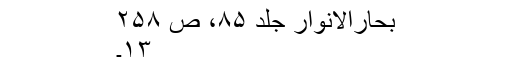
بحارالانوار جلد ۸۵، ص ۲۵۸
۱۳۔